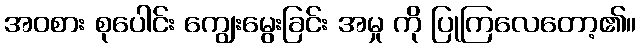
အဝစား စုပေါင်း ကျွေးမွေးခြင်း အမှု ကို ပြုကြလေတော့၏။